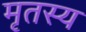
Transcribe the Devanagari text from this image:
मृतस्य